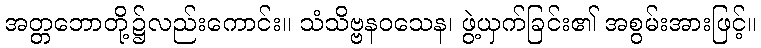
အတ္တဘောတို့၌လည်းကောင်း။ သံသိဗ္ဗနဝသေန၊ ဖွဲ့ယှက်ခြင်း၏ အစွမ်းအားဖြင့်။